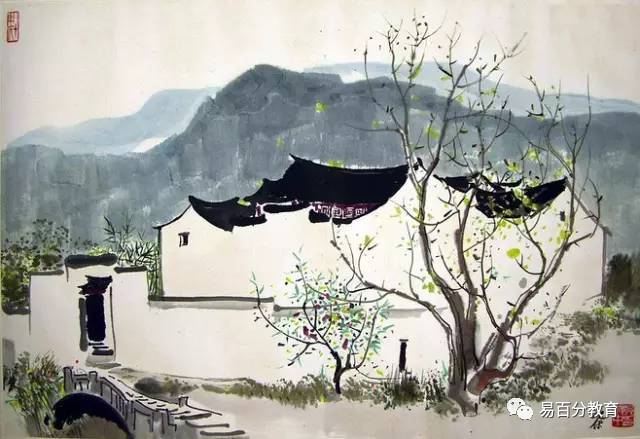
画楼洗净鸳鸯瓦，彩绳半湿秋千架。